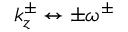
k _ { z } ^ { \pm } \leftrightarrow \pm \omega ^ { \pm }